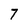
Character: 7